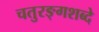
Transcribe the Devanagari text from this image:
चतुरङ्गशब्दे